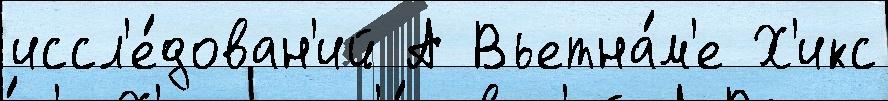
иссл'е́дован'ий А Вьетна́м'е Х'икс